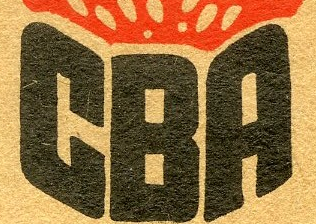
CBA